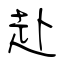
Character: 赴